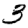
Digit: 3